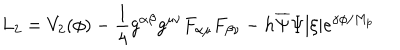
L _ { 2 } = V _ { 2 } ( \phi ) - \frac { 1 } { 4 } g ^ { \alpha \beta } g ^ { \mu \nu } F _ { \alpha \mu } F _ { \beta \nu } - h \overline { { { \Psi } } } \Psi | \xi | e ^ { \gamma \phi / M _ { p } }